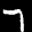
Label: 7